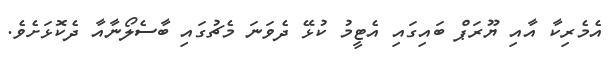
އެމެރިކާ އާއި ޔޫރަޕް ބައިގައި އެޓީމު ކުޅޭ ދެވަނަ މެޗުގައި ބާސެލޯނާއާ ދެކޮޅަށެވެ.